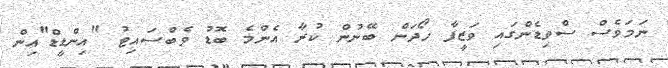
ނަމަވެސް ސްވިޑެންގައި ވަޒީފާ ހޯދަން ބޭނުން ކުރާ އެންމެ ބޮޑު ވެބްސައިޓު "އިންޑީޑް"އިން